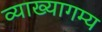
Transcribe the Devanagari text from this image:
व्याख्यागम्य